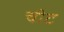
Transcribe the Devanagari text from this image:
चीट